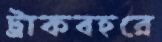
ট্রাকবহরে